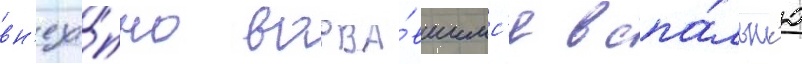
вн'еза́пно ворва́вшимс'я в спа́льн'ю